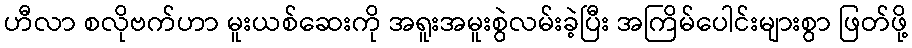
ဟီလာ စလိုဗက်ဟာ မူးယစ်ဆေးကို အရူးအမူးစွဲလမ်းခဲ့ပြီး အကြိမ်ပေါင်းများစွာ ဖြတ်ဖို့